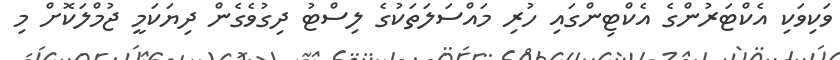
ވަކިވަކި އެކްޓަރުންގެ އެކްޓިންގައި ހުރި މައްސަލަތަކުގެ ލިސްޓު ދިގުވެގެން ދިޔަކަމީ ޖުމްލަކޮށް މި